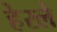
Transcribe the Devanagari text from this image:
हेरलेे